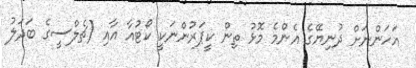
އަހަންނަށް ދުނިޔޭގެ އެންމެ މޮޅު ތިން ކީޕަރުންނަކީ ކޯޓުއާ އާއި (ޗެލްސީގެ ބަދަލު